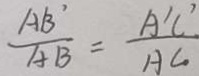
\frac { A B ^ { \prime } } { A B } = \frac { A ^ { \prime } C ^ { \prime } } { A C }